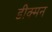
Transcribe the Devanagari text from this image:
डीक्मन